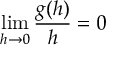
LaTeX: \operatorname* { l i m } _ { h \to 0 } { \frac { g ( h ) } { h } } = 0